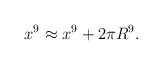
\begin{align*}x^9 \approx x^9 + 2 \pi R^9.\end{align*}